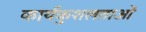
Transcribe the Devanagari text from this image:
कार्यकुशलताओं